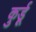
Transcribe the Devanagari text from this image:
कुर्डू